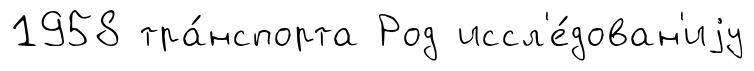
1958 тра́нспорта Род иссл'е́дован'иjу